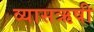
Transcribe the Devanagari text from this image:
व्यासऋषी